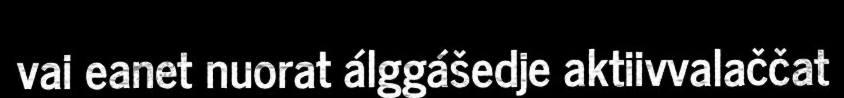
vai eanet nuorat álggášedje aktiivvalaččat